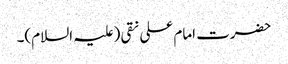
حضرت امام علی نقی (علیہ السلام)۔